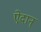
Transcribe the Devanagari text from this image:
ऐदान्